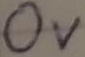
Text: OV